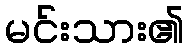
မင်းသား၏